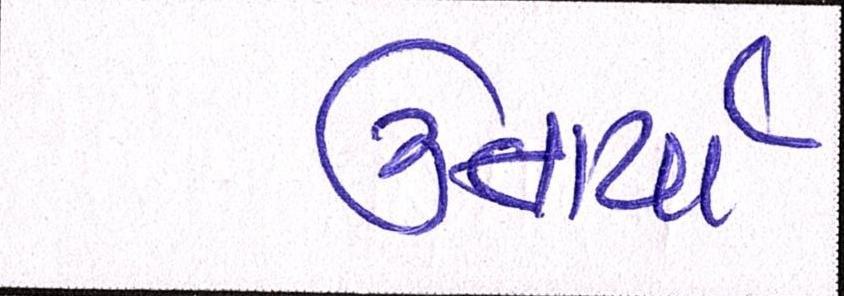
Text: ઉતાર્યા